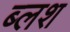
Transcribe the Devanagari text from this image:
ब्लश